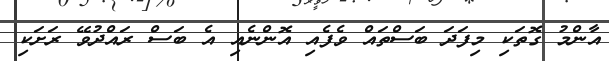
އާންމު ގޮތަކި މިފަދަ ބަސްތައް ވެފެއި އޮންނެއި އެ ބަސް ރައްދުވޭ ރަށަކި